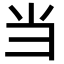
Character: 当